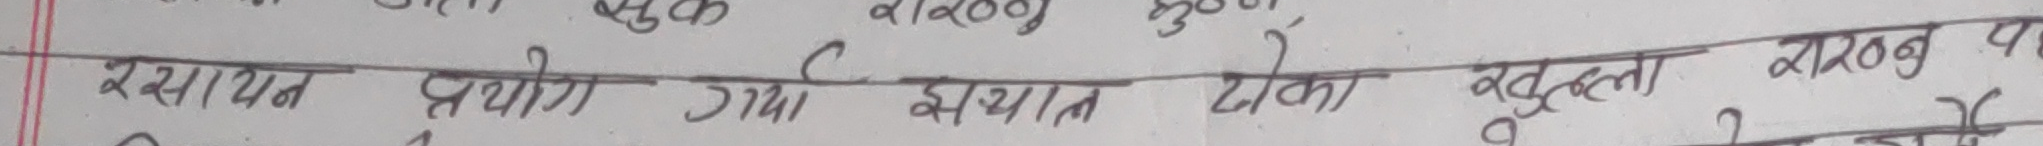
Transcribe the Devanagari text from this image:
रसायन प्रयोग गरिए इस्पात ढोका खुल्ला राखनु प